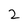
Character: 2